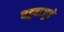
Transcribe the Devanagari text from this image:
चहुबाजूचे